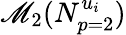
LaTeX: \mathscr{M}_{2}(N_{p=2}^{u_{i}})